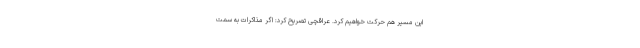
این مسیر هم حرکت خواهیم کرد. عراقچی تصریح کرد: اگر مذاکرات به سمت